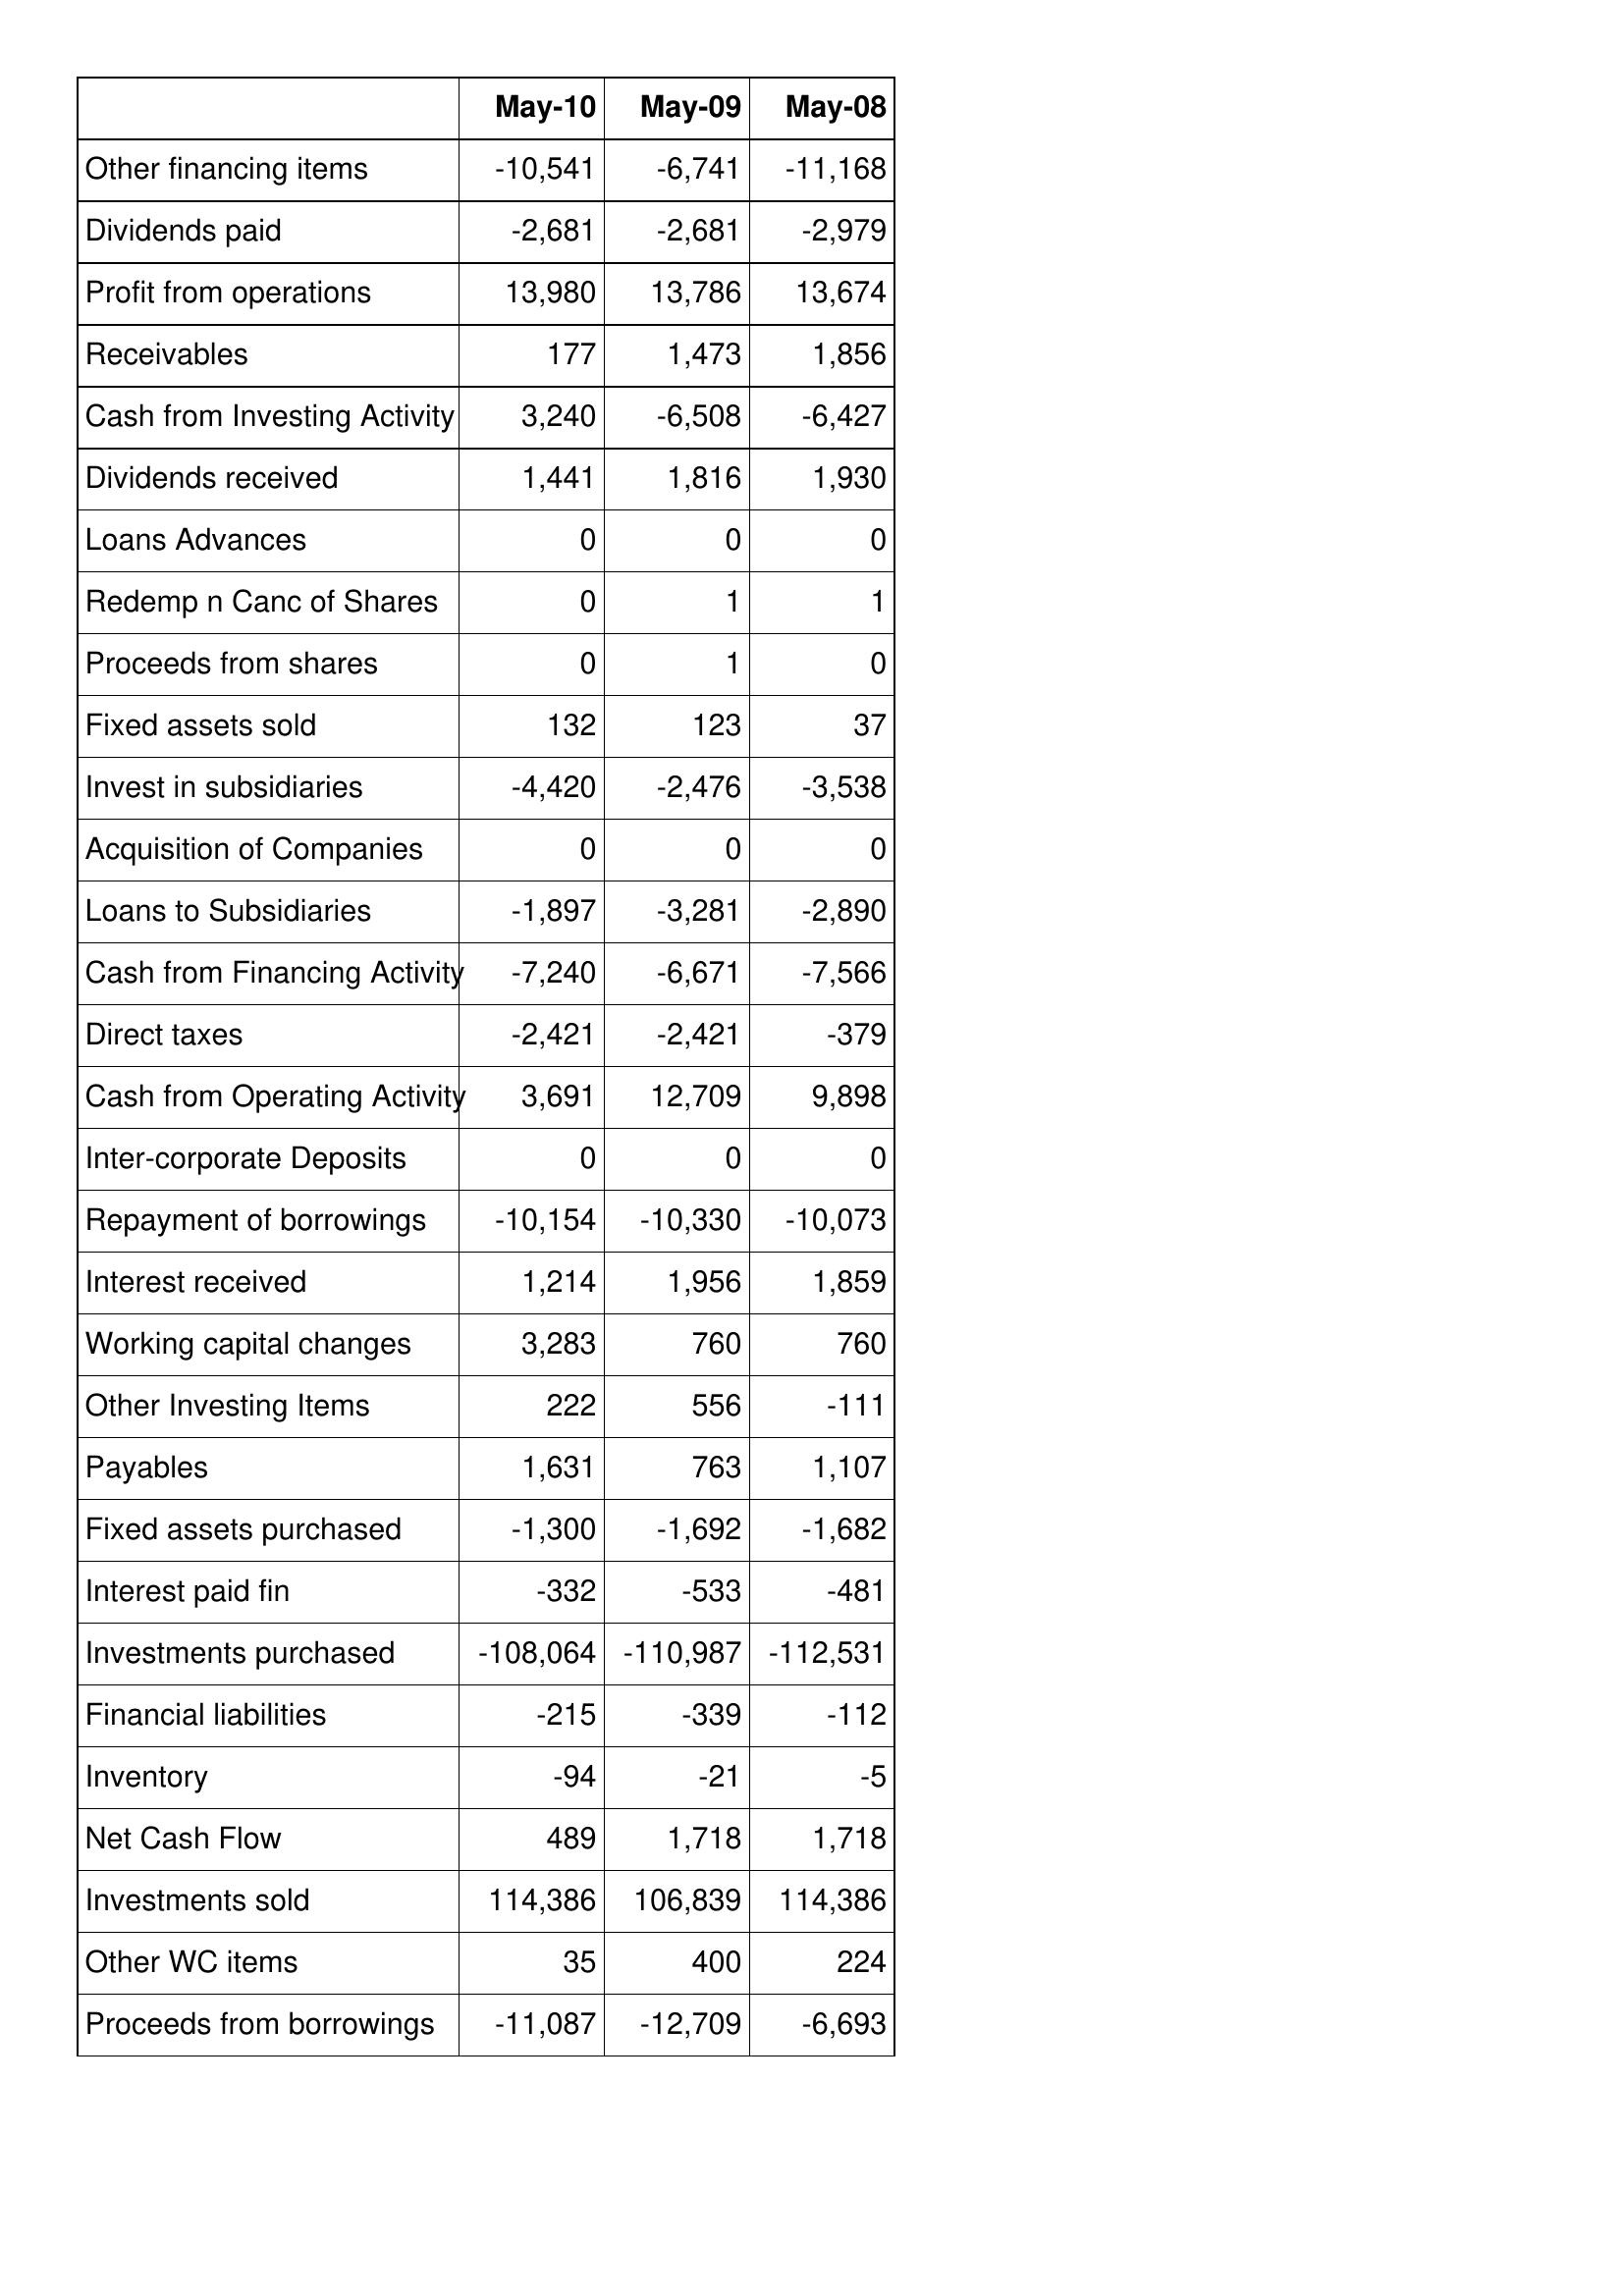
May-10: Cash Flows: Other financing items: -10,541
Dividends paid: -2,681
Profit from operations: 13,980
Receivables: 177
Cash from Investing Activity: 3,240
Dividends received: 1,441
Loans Advances: 0
Redemp n Canc of Shares: 0
Proceeds from shares: 0
Fixed assets sold: 132
Invest in subsidiaries: -4,420
Acquisition of Companies: 0
Loans to Subsidiaries: -1,897
Cash from Financing Activity: -7,240
Direct taxes: -2,421
Cash from Operating Activity: 3,691
Inter-corporate Deposits: 0
Repayment of borrowings: -10,154
Interest received: 1,214
Working capital changes: 3,283
Other Investing Items: 222
Payables: 1,631
Fixed assets purchased: -1,300
Interest paid fin: -332
Investments purchased: -108,064
Financial liabilities: -215
Inventory: -94
Net Cash Flow: 489
Investments sold: 114,386
Other WC items: 35
Proceeds from borrowings: -11,087
May-09: Cash Flows: Other financing items: -6,741
Dividends paid: -2,681
Profit from operations: 13,786
Receivables: 1,473
Cash from Investing Activity: -6,508
Dividends received: 1,816
Loans Advances: 0
Redemp n Canc of Shares: 1
Proceeds from shares: 1
Fixed assets sold: 123
Invest in subsidiaries: -2,476
Acquisition of Companies: 0
Loans to Subsidiaries: -3,281
Cash from Financing Activity: -6,671
Direct taxes: -2,421
Cash from Operating Activity: 12,709
Inter-corporate Deposits: 0
Repayment of borrowings: -10,330
Interest received: 1,956
Working capital changes: 760
Other Investing Items: 556
Payables: 763
Fixed assets purchased: -1,692
Interest paid fin: -533
Investments purchased: -110,987
Financial liabilities: -339
Inventory: -21
Net Cash Flow: 1,718
Investments sold: 106,839
Other WC items: 400
Proceeds from borrowings: -12,709
May-08: Cash Flows: Other financing items: -11,168
Dividends paid: -2,979
Profit from operations: 13,674
Receivables: 1,856
Cash from Investing Activity: -6,427
Dividends received: 1,930
Loans Advances: 0
Redemp n Canc of Shares: 1
Proceeds from shares: 0
Fixed assets sold: 37
Invest in subsidiaries: -3,538
Acquisition of Companies: 0
Loans to Subsidiaries: -2,890
Cash from Financing Activity: -7,566
Direct taxes: -379
Cash from Operating Activity: 9,898
Inter-corporate Deposits: 0
Repayment of borrowings: -10,073
Interest received: 1,859
Working capital changes: 760
Other Investing Items: -111
Payables: 1,107
Fixed assets purchased: -1,682
Interest paid fin: -481
Investments purchased: -112,531
Financial liabilities: -112
Inventory: -5
Net Cash Flow: 1,718
Investments sold: 114,386
Other WC items: 224
Proceeds from borrowings: -6,693